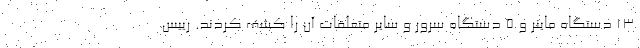
۱۳ دستگاه ماینر و ۵ دستگاه سرور و سایر متعلقات آن را کشف کردند. رییس